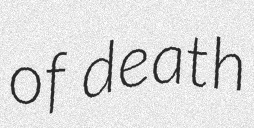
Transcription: of death